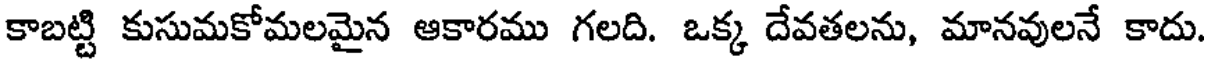
కాబట్టి కుసుమకోమలమైన ఆకారము గలది. ఒక్క దేవతలను, మానవులనే కాదు.